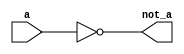
`timescale 1ns / 1ps


/*          part1          */
module not_gate(
    input wire a,
    output wire not_a
    );
    assign not_a = ~a;
endmodule
module and_gate_4input(
    input wire a,
    input wire b,
    input wire c,
    input wire d,
    output wire o
    );
    assign o = a && b && c && d;
endmodule


module decoder_4input(
    input wire [3:0] s,
    output wire [15:0] O
    );
    wire not_s0, not_s1, not_s2, not_s3;
    
    not_gate not0(s[0], not_s0);
    not_gate not1(s[1], not_s1);
    not_gate not2(s[2], not_s2);
    not_gate not3(s[3], not_s3);

    and_gate_4input and0(not_s3, not_s2, not_s1, not_s0, O[0]); // 0000
    and_gate_4input and1(not_s3, not_s2, not_s1, s[0]  , O[1]); // 0001
    and_gate_4input and2(not_s3, not_s2, s[1]  , not_s0, O[2]); // 0010
    and_gate_4input and3(not_s3, not_s2, s[1]  , s[0]  , O[3]); // 0011
    and_gate_4input and4(not_s3, s[2]  , not_s1, not_s0, O[4]); // 0100
    and_gate_4input and5(not_s3, s[2]  , not_s1, s[0]  , O[5]); // 0101
    and_gate_4input and6(not_s3, s[2]  , s[1]  , not_s0, O[6]); // 0110
    and_gate_4input and7(not_s3, s[2]  , s[1]  , s[0]  , O[7]); // 0111
    and_gate_4input and10(s[3], not_s2, not_s1, not_s0, O[8]); // 1000
    and_gate_4input and11(s[3], not_s2, not_s1, s[0]  , O[9]); // 1001
    and_gate_4input and12(s[3], not_s2, s[1]  , not_s0, O[10]); // 1010
    and_gate_4input and13(s[3], not_s2, s[1]  , s[0]  , O[11]); // 1011
    and_gate_4input and14(s[3], s[2]  , not_s1, not_s0, O[12]); // 1100
    and_gate_4input and15(s[3], s[2]  , not_s1, s[0]  , O[13]); // 1101
    and_gate_4input and16(s[3], s[2]  , s[1]  , not_s0, O[14]); // 1110
    and_gate_4input and17(s[3], s[2]  , s[1]  , s[0]  , O[15]); // 1111
endmodule


module register_line_module(
    input wire [15:0] Input,
    input wire line_select,
    input wire clock,
    input wire reset,
    output wire [15:0] Output
    );
    reg [15:0] O;
    
    initial begin O = 16'dZ; end
    always @(posedge clock) begin
      if (line_select) begin
          O = Input;
      end
    end    
    
    always @(negedge reset) begin
        O = 16'dZ;
    end
    
    assign Output = O;
    
endmodule


/*         Part2         */
module buffer(
    input wire [15:0] Input,
    input wire enable,
    output wire [15:0] Output
    );
   assign Output = enable ? Input : 16'bZ;
   
endmodule

module  register_file_module(
    input wire [3:0] selA,    
    input wire [3:0] selB,
    input wire [3:0] selWrite,
    input wire [15:0] dataIn,
    input wire reset, 
    input wire writeEnable, 
    input wire clock,
    output wire [15:0] dataA,  
    output wire [15:0] dataB
);
    wire [15:0] writeLines, AselectLines, BselectLines;
    
    decoder_4input dec0(selWrite, writeLines);
    decoder_4input dec1(selA, AselectLines);
    decoder_4input dec2(selB, BselectLines);
    
    wire [15:0] out0, out1, out2, out3, out4, out5, out6, out7;
    wire [15:0] out8, out9, out10, out11, out12, out13, out14, out15;
    register_line_module reg0(dataIn, writeLines[0] && writeEnable, clock, reset, out0);
    register_line_module reg1(dataIn, writeLines[1] && writeEnable, clock, reset, out1);
    register_line_module reg2(dataIn, writeLines[2] && writeEnable, clock, reset, out2);
    register_line_module reg3(dataIn, writeLines[3] && writeEnable, clock, reset, out3);
    register_line_module reg4(dataIn, writeLines[4] && writeEnable, clock, reset, out4);
    register_line_module reg5(dataIn, writeLines[5] && writeEnable, clock, reset, out5);
    register_line_module reg6(dataIn, writeLines[6] && writeEnable, clock, reset, out6);
    register_line_module reg7(dataIn, writeLines[7] && writeEnable, clock, reset, out7);
    register_line_module reg8(dataIn, writeLines[8] && writeEnable, clock, reset, out8);
    register_line_module reg9(dataIn, writeLines[9] && writeEnable, clock, reset, out9);
    register_line_module regg10(dataIn, writeLines[10] && writeEnable, clock, reset, out10);
    register_line_module regg11(dataIn, writeLines[11] && writeEnable, clock, reset, out11);
    register_line_module regg12(dataIn, writeLines[12] && writeEnable, clock, reset, out12);
    register_line_module regg13(dataIn, writeLines[13] && writeEnable, clock, reset, out13);
    register_line_module regg14(dataIn, writeLines[14] && writeEnable, clock, reset, out14);
    register_line_module regg15(dataIn, writeLines[15] && writeEnable, clock, reset, out15);
   
    
    buffer b0(out0, AselectLines[0], dataA);
    buffer b1(out1, AselectLines[1], dataA);
    buffer b2(out2, AselectLines[2], dataA);
    buffer b3(out3, AselectLines[3], dataA);
    buffer b4(out4, AselectLines[4], dataA);
    buffer b5(out5, AselectLines[5], dataA);
    buffer b6(out6, AselectLines[6], dataA);
    buffer b7(out7, AselectLines[7], dataA);
    buffer b8(out8, AselectLines[8], dataA);
    buffer b9(out9, AselectLines[9], dataA);
    buffer b10(out10, AselectLines[10], dataA);
    buffer b11(out11, AselectLines[11], dataA);
    buffer b12(out12, AselectLines[12], dataA);
    buffer b13(out13, AselectLines[13], dataA);
    buffer b14(out14, AselectLines[14], dataA);
    buffer b15(out15, AselectLines[15], dataA);

    buffer b16(out0, BselectLines[0], dataB);
    buffer b17(out1, BselectLines[1], dataB);
    buffer b18(out2, BselectLines[2], dataB);
    buffer b19(out3, BselectLines[3], dataB);
    buffer b20(out4, BselectLines[4], dataB);
    buffer b21(out5, BselectLines[5], dataB);
    buffer b22(out6, BselectLines[6], dataB);
    buffer b23(out7, BselectLines[7], dataB);
    buffer b24(out8, BselectLines[8], dataB);
    buffer b25(out9, BselectLines[9], dataB);
    buffer b26(out10, BselectLines[10], dataB);
    buffer b27(out11, BselectLines[11], dataB);
    buffer b28(out12, BselectLines[12], dataB);
    buffer b29(out13, BselectLines[13], dataB);
    buffer b30(out14, BselectLines[14], dataB);
    buffer b31(out15, BselectLines[15], dataB);
    
endmodule




/*      Part3      */
module ALU(
    input wire [15:0] srcA, 
    input wire [15:0] srcB,
    output wire [15:0] dst,
    input wire [2:0] Op,
    input wire clock,
    input wire reset,
    output wire zeroFlag
    );
    reg [15:0] ALU_Result;
    reg zero, update;
    
    initial begin zero = 0; end
    always @(*)
    begin
      update = 0;
      case(Op)
        3'b000: // AND
           ALU_Result = srcA & srcB;
        3'b001: // OR
           ALU_Result = srcA | srcB;
        3'b010: // ADD
           ALU_Result = srcA + srcB ; 
        3'b011: // SUB
           ALU_Result = srcA - srcB ;
        3'b100: // XOR
           ALU_Result = srcA^srcB;
        3'b101: // LSR
           ALU_Result = srcA >> srcB;
        3'b110: // LSL
           ALU_Result = srcA<<srcB;
        3'b111: // LD
           ALU_Result = srcB;
         
        endcase
        case(Op)
        3'b010: // ADD
           update = 1; 
        3'b011: // SUB
           update = 1;         
        endcase    
    end
    
    always @(posedge clock)
    begin
      if(ALU_Result == 16'd0 && update)
        zero = 1;
    end
    always @(negedge reset)
    begin
        zero = 0;
    end      
     
    assign zeroFlag = zero;
    assign dst = ALU_Result;

endmodule



/*       Part4      */
module instruction_decoder(
    input wire [15:0] instruction,
    output wire [3:0] opcode,
    output wire [3:0] selWrite,
    output wire [3:0] selA,
    output wire [3:0] selB,
    output wire [15:0] fourBitImmediate,
    output wire [15:0] eightBitImmediate,
    output wire writeEnable,
    output wire isLoad,
    output wire isImmediate,
    output wire isBranch,    
    output wire isBranchNotEqual,    
    output wire isBranchEqual
    );
    reg [3:0] opcode_reg, selA_reg, selB_reg, selWrite_reg;
    reg [15:0] fourBitImmediate_reg, eightBitImmediate_reg;
    reg writeEnable_reg, isLoad_reg, isImmediate_reg;
    reg isBranch_reg, isBranchNotEqual_reg, isBranchEqual_reg;


    assign opcode = opcode_reg;
    assign selWrite = selWrite_reg;
    assign selA = selA_reg;
    assign selB = selB_reg;
    assign fourBitImmediate = fourBitImmediate_reg;
    assign eightBitImmediate = eightBitImmediate_reg;
    assign writeEnable = writeEnable_reg;
    assign isLoad = isLoad_reg;
    assign isImmediate = isImmediate_reg;
    assign isBranch = isBranch_reg;
    assign isBranchNotEqual = isBranchNotEqual_reg;
    assign isBranchEqual = isBranchEqual_reg;


    always @(*) begin
        opcode_reg = instruction[15:12]; 

        // register
        if ((opcode_reg[3] == 0 & opcode_reg != 4'b0111) || opcode_reg == 4'b1011) begin 
            fourBitImmediate_reg = 16'bZ;
            eightBitImmediate_reg = 16'bZ;
            isLoad_reg = 0; 
            isImmediate_reg = 0; 
            isBranch_reg = 0; 
            isBranchNotEqual_reg = 0; 
            isBranchEqual_reg = 0;
            
            selB_reg = instruction[3:0];
            selA_reg = instruction[7:4];
            selWrite_reg = instruction[11:8];
            writeEnable_reg = 1;
        end

        //load
        else if (opcode_reg == 4'b0111) begin
            selA_reg = 4'dZ; 
            selB_reg = 4'dZ; 
            fourBitImmediate_reg = 16'bZ;
            isLoad_reg = 0; 
            isImmediate_reg = 0; 
            isBranchNotEqual_reg = 0; 
            isBranchEqual_reg = 0;
            
            isBranch_reg = 1;
            eightBitImmediate_reg = 16'd0;
            eightBitImmediate_reg[7:0] = instruction[7:0];
            selWrite_reg = instruction[11:8];
            writeEnable_reg = 1;

        end

        //Immediate
        else if (opcode_reg[3:1] == 3'b100 || opcode_reg == 4'b1010) begin
            selB_reg = 4'dZ; 
            eightBitImmediate_reg = 16'bZ;
            isLoad_reg = 0; 
            isBranch_reg = 0; 
            isBranchNotEqual_reg = 0; 
            isBranchEqual_reg = 0;
            
            isImmediate_reg = 1;
            fourBitImmediate_reg = 16'd0;
            fourBitImmediate_reg[3:0] = instruction[3:0];
            selA_reg = instruction[7:4];
            selWrite_reg = instruction[11:8];
            writeEnable_reg = 1;
            
        end

        //Branch
        else if (opcode_reg[3:1] == 3'b111 || opcode_reg == 4'b1101) begin
            selA_reg = 4'dZ; 
            selB_reg = 4'dZ; 
            selWrite_reg = 4'dZ;
            fourBitImmediate_reg = 16'bZ;
            writeEnable_reg = 0; 
            isLoad_reg = 0; 
            isImmediate_reg = 0; 
            
            isBranch_reg = 1;
            eightBitImmediate_reg = 16'd0;
            eightBitImmediate_reg[7:0] = instruction[7:0];
            if (opcode_reg == 4'd14) begin
                isBranchNotEqual_reg = 1;
                isBranchEqual_reg = 0;
            end
            else if (opcode_reg == 4'd15) begin
                isBranchEqual_reg = 1;
                isBranchNotEqual_reg = 0; 
            end
        end
        
        //NOOP
        else if (opcode_reg == 4'd12) begin 
            selA_reg = 4'dZ; 
            selB_reg = 4'dZ; 
            selWrite_reg = 4'dZ;
            fourBitImmediate_reg = 16'bZ;
            writeEnable_reg = 0; 
            isLoad_reg = 0; 
            isImmediate_reg = 0; 
            
            isBranch_reg = 0;
            eightBitImmediate_reg = 16'dZ;
            isBranchNotEqual_reg = 0;
            isBranchEqual_reg = 0;
        end
    end
endmodule


/*   Part5    */
module program_counter(
    input wire reset,
    input wire clock,
    input wire zeroFlag,
    input wire isBranch,
    input wire isBranchNotEqual,
    input wire isBranchEqual,
    input wire [7:0] immediate_address,
    output wire [7:0] PC
);
    reg [7:0] pc_reg;
    
    assign PC = pc_reg;

    always @(posedge clock) begin
        if (isBranch) begin 
            if (!isBranchEqual && !isBranchNotEqual) begin
                pc_reg = immediate_address;
            end

            else if (isBranchNotEqual && zeroFlag) begin
                pc_reg = pc_reg + immediate_address;
            end

            else if (isBranchEqual && !zeroFlag) begin
                pc_reg = pc_reg + immediate_address;
            end
       end
       else begin
           pc_reg = pc_reg +8'd1;
       end 
    end
    always @(negedge reset) begin
        pc_reg = 8'd0;
    end
endmodule


/*    Part6     */
module ProgramMemory(
    input wire[7:0] address,
    output wire [15:0] out
    );
    //Declaration of the ROM area
    reg [15:0] ROM_Data [0:255];
    reg [15:0] instruction;
    assign out = instruction;
    //Read ROM data from the file
    initial $readmemh("ROM.mem", ROM_Data);
    //Read the selected data from ROM
    always @(*) begin
        instruction <= ROM_Data[address];
    end
endmodule


module minicomputer(
    input wire clock,
    input wire reset,
    output wire [15:0] instruction,
    output wire [15:0] dataA,
    output wire [15:0] dataB,
    output wire [15:0] dst,
    output wire [7:0] pc,
    output wire [15:0] srcB
);

    wire [3:0] opcode, selWrite, selA, selB;
    wire [15:0] fourBitImmediate, eightBitImmediate;
    wire writeEnable, isLoad, isImmediate, isBranch, isBranchNotEqual, isBranchEqual, zeroFlag;

    ProgramMemory f0(pc, instruction);
    
    instruction_decoder f1(instruction, opcode, selWrite, selA, selB, fourBitImmediate,
        eightBitImmediate, writeEnable, isLoad, isImmediate, isBranch, isBranchNotEqual, isBranchEqual);

    register_file_module f2(selA, selB, selWrite, dst, reset, writeEnable, clock, dataA, dataB);
    
    assign srcB = (isLoad | isBranch) ? eightBitImmediate: (isImmediate)? fourBitImmediate:((opcode < 4'd7) | (opcode == 4'd11))? dataB:4'dZ;

    ALU f3(dataA, srcB, dst, opcode[2:0], clock, reset, zeroFlag);
        
    program_counter f4(reset, clock, zeroFlag, isBranch, isBranchNotEqual, isBranchEqual, eightBitImmediate[7:0], pc);
    program_counter f5(reset, clock, zeroFlag, isBranch, isBranchNotEqual, isBranchEqual, fourBitImmediate[7:0], pc);
    
    
    
endmodule